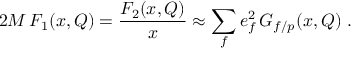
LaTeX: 2 M \, F _ { 1 } ( x , Q ) = { \frac { F _ { 2 } ( x , Q ) } { x } } \approx \sum _ { f } e _ { f } ^ { 2 } \, G _ { f / p } ( x , Q ) \ .